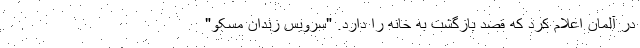
در آلمان اعلام کرد که قصد بازگشت به خانه را دارد. "سرویس زندان مسکو"